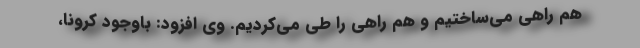
هم راهی می‌ساختیم و هم راهی را طی می‌کردیم. وی افزود: باوجود کرونا،